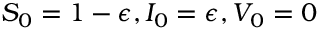
S _ { 0 } = 1 - \epsilon , I _ { 0 } = \epsilon , V _ { 0 } = 0